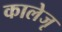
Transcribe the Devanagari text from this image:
कालेजृ